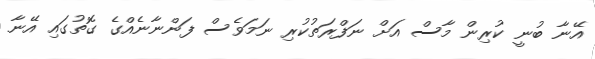
އޭނާ ބުނީ ކުރިން މާސް އަށް ނަފްރަތުކުރި ނަމަވެސް ފަންނާނެއްގެ ގޮތުގައި އޭނާ